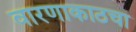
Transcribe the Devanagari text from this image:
वारणाकाठचा